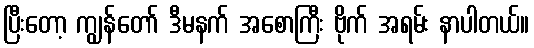
ပြီးတော့ ကျွန်တော် ဒီမနက် အစောကြီး ဗိုက် အရမ်း နာပါတယ်။